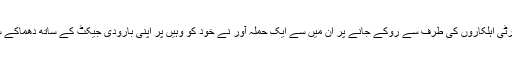
لیکن سکیورٹی اہلکاروں کی طرف سے روکے جانے پر ان میں سے ایک حملہ آور نے خود کو وہیں پر اپنی بارودی جیکٹ کے ساتھ دھماکے سے اڑا دیا۔